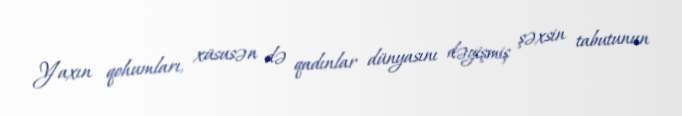
Yaxın qohumları, xüsusən də qadınlar dünyasını dəyişmiş şəxsin tabutunun